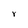
Character: Y